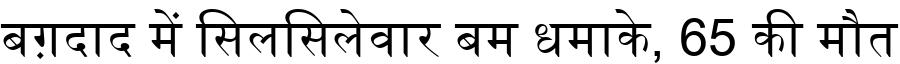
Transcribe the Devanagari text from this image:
बग़दाद में सिलसिलेवार बम धमाके, 65 की मौत